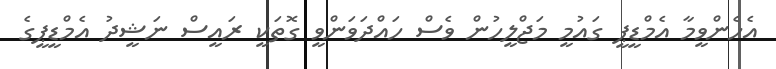
އެހެންވީމާ އެމްޑީޕީ ގައުމީ މަޖްލީހުން ވެސް ހައްދަވަންވީ ގޮތަކީ ރައީސް ނަޝީދު އެމްޑީޕީގެ